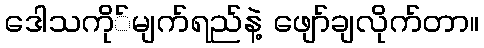
ဒေါသကို်မျက်ရည်နဲ့ ဖျော်ချလိုက်တာ။